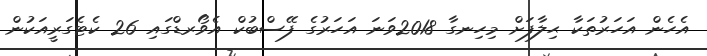
އެހެން އަހަރުތަކާ ޙިލާފަށް މިހިނގާ 2018ވަނަ އަހަރުގެ ފޭސްބުކް އެވޯރޑްގައި 26 ކެޓެގަރީއަކުން